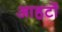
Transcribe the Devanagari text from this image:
आहटों